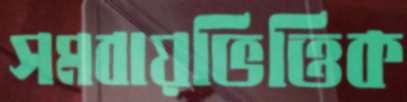
সমবায়ভিত্তিক